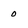
Character: 0